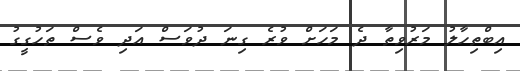
އިބްތިހާލު މަރުވިތާ ދެ މަހަށް ވުރެ ގިނަ ދުވަސް އަދި ވެސް ތަހުގީގު